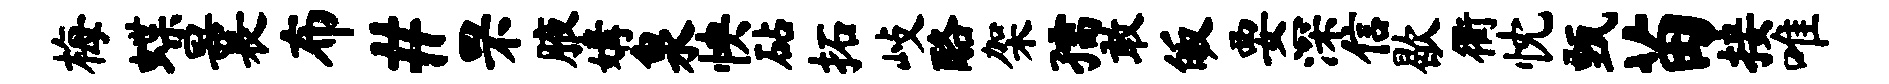
梅蝶曩布#罘腋媾泉怏砧拓歧酪架孺敢皈要深信歇衢忱甄苗接唯